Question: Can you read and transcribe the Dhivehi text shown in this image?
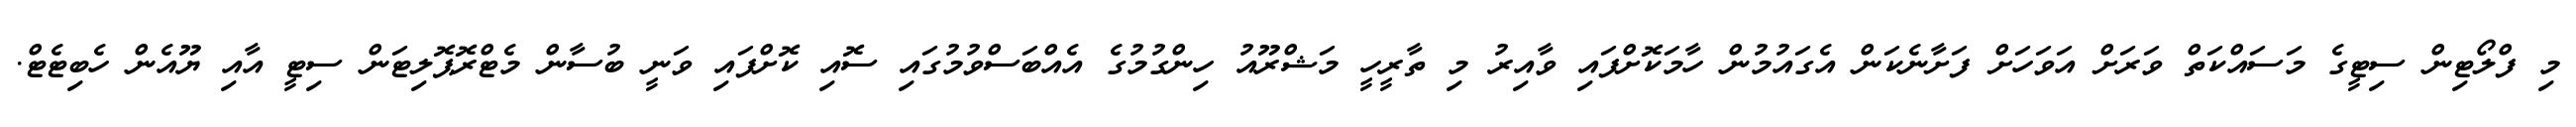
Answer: މި ފްލޯޓިން ސިޓީގެ މަސައްކަތް ވަރަށް އަވަހަށް ފަށާނެކަން އެގައުމުން ހާމަކޮށްފައި ވާއިރު މި ތާރީހީ މަޝްރޫއު ހިންގުމުގެ އެއްބަސްވުމުގައި ސޮއި ކޮށްފައި ވަނީ ބުސާން މެޓްރޮޕޮލިޓަން ސިޓީ އާއި ޔޫއެން ހެބިޓެޓް.